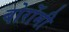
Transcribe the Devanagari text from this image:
बोर्रोमी